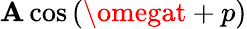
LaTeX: \mathbf{A}\cos\, (\omegat+p)